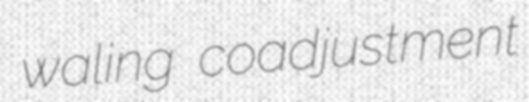
waling coadjustment